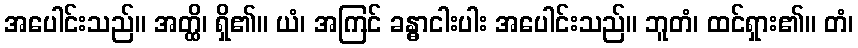
အပေါင်းသည်။ အတ္ထိ၊ ရှိ၏။ ယံ၊ အကြင် ခန္ဓာငါးပါး အပေါင်းသည်။ ဘူတံ၊ ထင်ရှား၏။ တံ၊